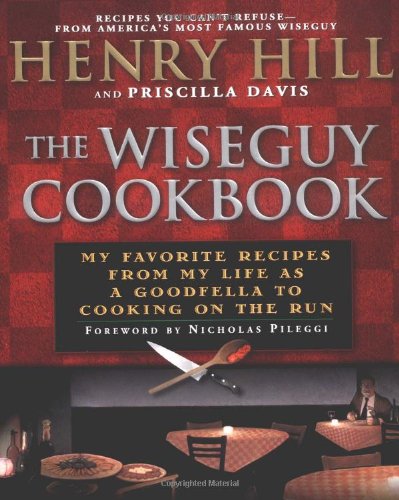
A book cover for The Wise Guy Cookbook: My Favorite Recipes From My Life as a Goodfella to Cooking on the Run; Henry Hill; Cookbooks, Food & Wine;